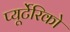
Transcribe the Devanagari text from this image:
प्यूर्टेरिको